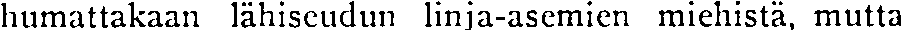
humattakaan lähiseudun linja-asemien miehistä, mutta